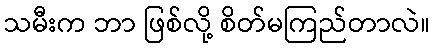
သမီးက ဘာ ဖြစ်လို့ စိတ်မကြည်တာလဲ။